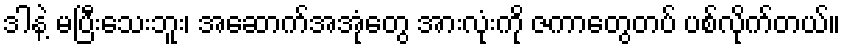
ဒါနဲ့ မပြီးသေးဘူး၊ အဆောက်အအုံတွေ အားလုံးကို ဇကာတွေတပ် ပစ်လိုက်တယ်။